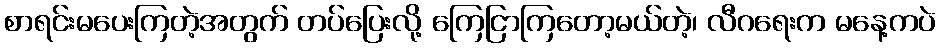
စာရင်းမပေးကြတဲ့အတွက် တပ်ပြေးလို့ ကြေငြာကြတော့မယ်တဲ့၊ လီဂရေးက မနေ့ကပဲ